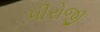
પીરોજી